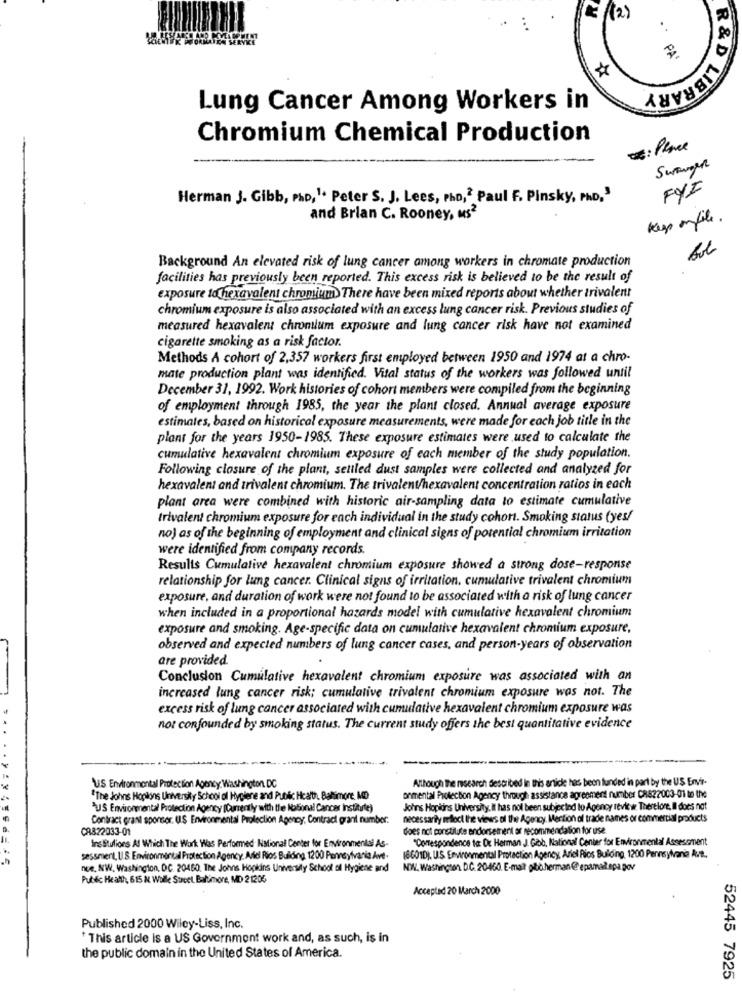
E (2)
.
PA
R & D LIBRA
Lung Cancer Among Workers in
Chromium Chemical Production
VE: Place
Swanger
FYI
Herman J. Gibb, Pho, 1. Peter S. J. Lees, Pho ,¿ Paul F. Pinsky, PHD,3
and Brian C. Rooney, us2
keep onfile .
Background An elevated risk of lung cancer among workers in chromate production
facilities has previously been reported. This excess risk is believed to be the result of
exposure to hexavalent chromium>There have been mixed reports about whether trivalent
chromium exposure is also associated with an excess lung cancer risk. Previous studies of
measured hexavalent chromium exposure and lung cancer risk have not examined
cigarette smoking as a risk factor.
Methods A cohort of 2,357 workers first employed between 1950 and 1974 at a chro-
mate production plant was identified. Vital status of the workers was followed until
December 31, 1992. Work histories of cohort members were compiled from the beginning
of employment through 1985, the year the plant closed. Annual average exposure
estimates, based on historical exposure measurements, were made for each job title in the
plant for the years 1950-1985. These exposure estimates were used to calculate the
cumulative hexavalent chromium exposure of each member of the study population.
Following closure of the plant, settled dust samples were collected and analyzed for
hexavalent and trivalent chromium. The trivalent/hexavalent concentration ratios in each
plant area were combined with historic air-sampling data to estimate cumulative
trivalent chromium exposure for each individual in the study cohort. Smoking status (yes!
no) as of the beginning of employment and clinical signs of potential chromium irritation
were identified from company records.
Results Cumulative hexavalent chromium exposure showed a strong dose-response
relationship for lung cancer. Clinical signs of irritation, cumulative trivalent chromium
exposure, and duration of work were not found to be associated with a risk of lung cancer
when included in a proportional hazards model with cumulative hexavalent chromium
exposure and smoking. Age-specific data on cumulative hexavalent chromium exposure,
observed and expected numbers of lung cancer cases, and person-years of observation
are provided.
Conclusion Cumulative hexavalent chromium exposure was associated with an
increased lung cancer risk; cumulative trivalent chromium exposure was not. The
excess risk of lung cancer associated with cumulative hexavalent chromium exposure was
not confounded by smoking status. The current study offers the best quantitative evidence
Although The research described in this article has been funded in part by the US Envir-
U.S. Environmental Protection Agency Washington DC
"The Johns Hopkins University School of Hygiene and Public Health. Baltimore, MD
onmental Protection Agency through assistance agreement number CR822003-01 to the
"US Environmental Protection Agency (Curently with the labonal Cancer Institute)
Johns Hopkins University, Il has nol been subjected to Agency review. Therelone, Il does not
Contract grani sponsor. UIS Environmental Protection Agency; Contract grant number:
necessarily medloct the views of the Agency. Mention of trade names or commercial products
CA822033-01
does not constitute endorsement or recommendation for use
"Correspondence to: Ox Herman J. Gibb, National Center for Environmental Assessment
Ins Blulions Al Which The Work Was Performed- National Center for Environmental As-
sessmert, U.S. Environmental Protection Agency, Andi Rios Building 1200 Perreyivarie Avt-
(6601D). U.S. Environmental Protection Agency, Ariel Rios Building, 1200 Pennsylvania Avt ..
noe, &W, Washington, DC. 20480. The Johns Hopkins University School of Hygiene and
NOW. Washington D.C. 20460. E-mail pibb herman @epamal.epa.pov
Public Health, 615 M Wall Street. Baltimore, MD 21205
Accepted 20 March 2000
Published 2000 Wiley-Liss, Inc.
* This article is a US Government work and, as such, is in
the public domain in the United States of America.
52445 7925